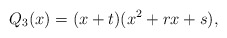
\begin{align*}Q_3(x)=(x+t)(x^2+r x+s),\end{align*}